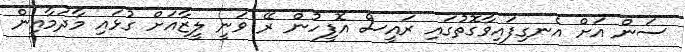
ސަން އަށް އެނގިފައިވާގޮތުގައި ރައީސް އޮފީހުން ރޭ ވަނީ ލީޒާއަށް ގުޅައި މާދަމާއިން